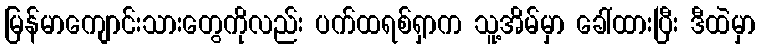
မြန်မာကျောင်းသားတွေကိုလည်း ပက်ထရစ်ရှာက သူ့အိမ်မှာ ခေါ်ထားပြီး ဒီထဲမှာ